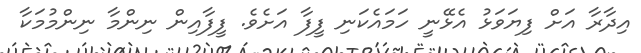
އިދާރާ އަށް ފިޔަވަޅު އެޅޭނީ ހަމައެކަނި ފީފާ އަށެވެ. ފީފާއިން ނިންމާ ނިންމުމަކާ